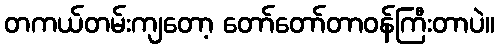
တကယ်တမ်းကျတော့ တော်တော်တာဝန်ကြီးတာပဲ။